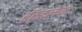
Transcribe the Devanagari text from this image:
ईस्टलेक